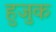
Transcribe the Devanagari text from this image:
हुजुक